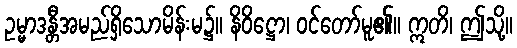
ဥမ္မာဒန္တီအမည်ရှိသောမိန်းမ၌။ နိဝိဋ္ဌော၊ ဝင်တော်မူ၏။ ဣတိ၊ ဤသို့။